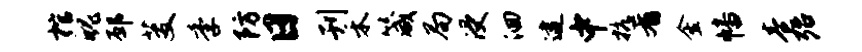
棺魄邳芟季防日刊禾箴局浸洄逮中抗肴金幡卷殆